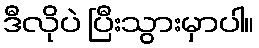
ဒီလိုပဲ ပြီးသွားမှာပါ။